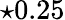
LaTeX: \star 0.25